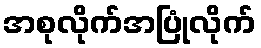
အစုလိုက်အပြုံလိုက်